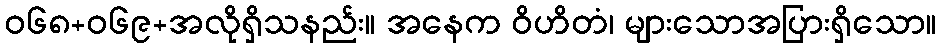
ဝ၆၈+၀၆၉+အလိုရှိသနည်း။ အနေက ဝိဟိတံ၊ များသောအပြားရှိသော။